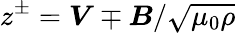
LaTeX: z^{\pm}=\boldsymbol{V}\mp\boldsymbol{B}/\sqrt{\mu_{0}\rho}